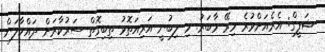
ޝަފީގް: އެރެއަށްވުރެ މިރޭ މާބަރު. މި ލިބުނީ އަރިއަތޮޅު ތިބިގޮތް ސަރުކާރަށް ދައްކާލަން